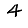
Digit: 4